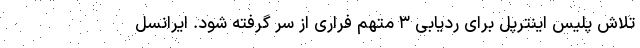
تلاش پلیس اینترپل برای ردیابی ۳ متهم فراری از سر گرفته شود. ایرانسل